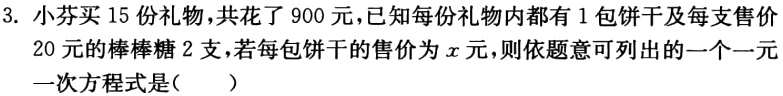
3. 小芬买15份礼物，共花了900元，已知每份礼物内都有1包饼干及每支售价

20元的棒棒糖2支，若每包饼干的售价为\(x\)元，则依题意可列出的一个一元

一次方程式是(  )